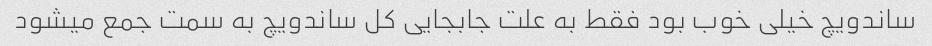
ساندویچ خیلی خوب بود فقط به علت جابجایی کل ساندویچ به سمت جمع میشود